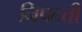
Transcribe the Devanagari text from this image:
निपटतीं